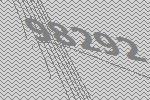
98292